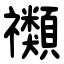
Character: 禷